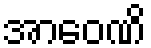
အာဝေဏိ